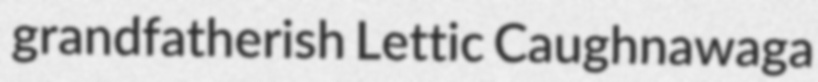
grandfatherish Lettic Caughnawaga